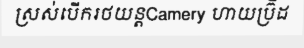
ស្រស់បើករថយន្តCamery ហាយប្រ៊ីដ